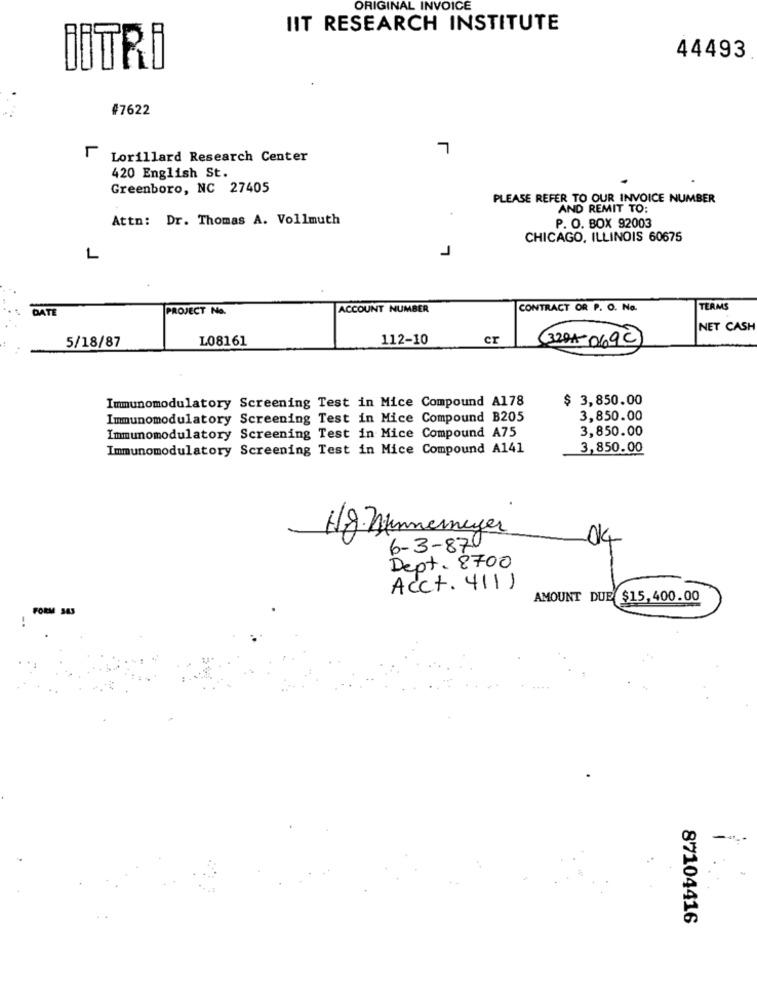
ORIGINAL INVOICE
IIT RESEARCH INSTITUTE
44493
İİTRI
#7622
7
Lorillard Research Center
420 English St.
Greenboro, NC 27405
PLEASE REFER TO OUR INVOICE NUMBER
AND REMIT TO:
Attn: Dr. Thomas A. Vollmuth
P. O. BOX 92003
CHICAGO, ILLINOIS 60675
1
L
DATE
PROJECT No.
ACCOUNT NUMBER
CONTRACT OR P. O. No.
TEAMS
NET CASH
5/18/87
L08161
112-10
cr
3291-069C
Immunomodulatory Screening Test in Mice Compound A178
$ 3,850.00
Immunomodulatory Screening Test in Mice Compound B205
3,850.00
3,850.00
Immunomodulatory Screening Test in Mice Compound A75
Immunomodulatory Screening Test in Mice Compound A141
3,850.00
Hg. Hunneneger
6-3-87
04
Dept. 8700
Acct. 411)
AMOUNT DUE $15,400.00
FORM 343
87104416